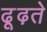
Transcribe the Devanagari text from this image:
ढूढ़ते